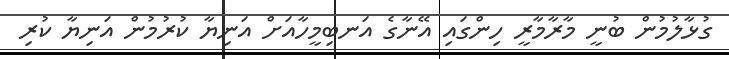
ގުޅާލުމުން ބުނީ މާރާމާރީ ހިންގައި އޭނާގެ އަނބިމީހާއަށް އަނިޔާ ކުރުމުން އަނިޔާ ކުރި